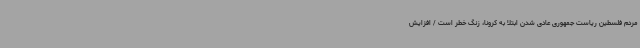
مردم فلسطین ریاست جمهوری عادی شدن ابتلا به کرونا، زنگ خطر است / افزایش